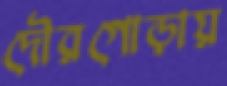
দৌরগোড়ায়